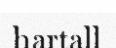
hartall